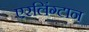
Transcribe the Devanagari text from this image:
एरलिंग्टान